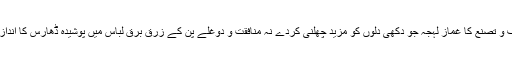
نہ تکلف و تصنع کا غماز لہجہ جو دکھی دلوں کو مزید چھلنی کردے نہ منافقت و دوغلے پن کے زرق برق لباس میں پوشیدہ ڈھارس کا اندازِ گفتار۔